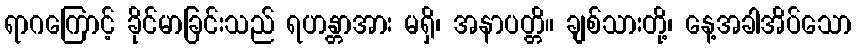
ရာဂကြောင့် ခိုင်မာခြင်းသည် ရဟန္တာအား မရှိ၊ အနာပတ္တိ။ ချစ်သားတို့၊ နေ့အခါအိပ်သော